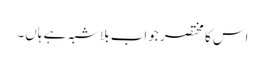
اس کا مختصر جواب بلاشبہ ہے ہاں۔